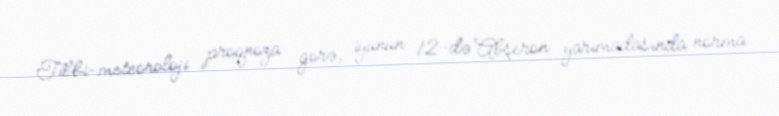
Tibbi-meteoroloji proqnoza görə, iyunun 12-də Abşeron yarımadasında norma